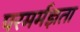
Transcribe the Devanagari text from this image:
परमर्मज्ञता